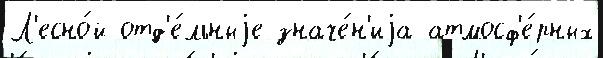
Л'есно́й отд'е́льныjе значе́н'иjа атмосф'е́рных